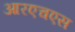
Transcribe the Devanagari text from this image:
आरएचएस